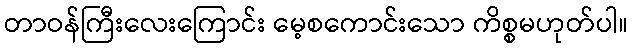
တာဝန်ကြီးလေးကြောင်း မေ့စကောင်းသော ကိစ္စမဟုတ်ပါ။